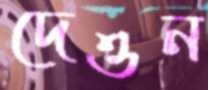
দেওন